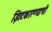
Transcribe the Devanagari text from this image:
झिटकारण्याची